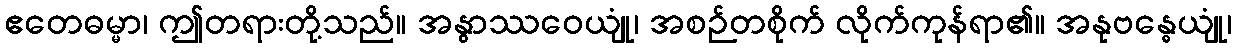
ဧတေဓမ္မာ၊ ဤတရားတို့သည်။ အနွာဿဝေယျုံ၊ အစဉ်တစိုက် လိုက်ကုန်ရာ၏။ အနုဗန္ဓေယျုံ၊